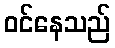
ဝင်နေသည်